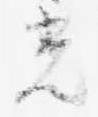
光